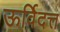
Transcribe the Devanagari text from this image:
ऊर्विदत्त